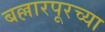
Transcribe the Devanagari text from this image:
बल्लारपूरच्या